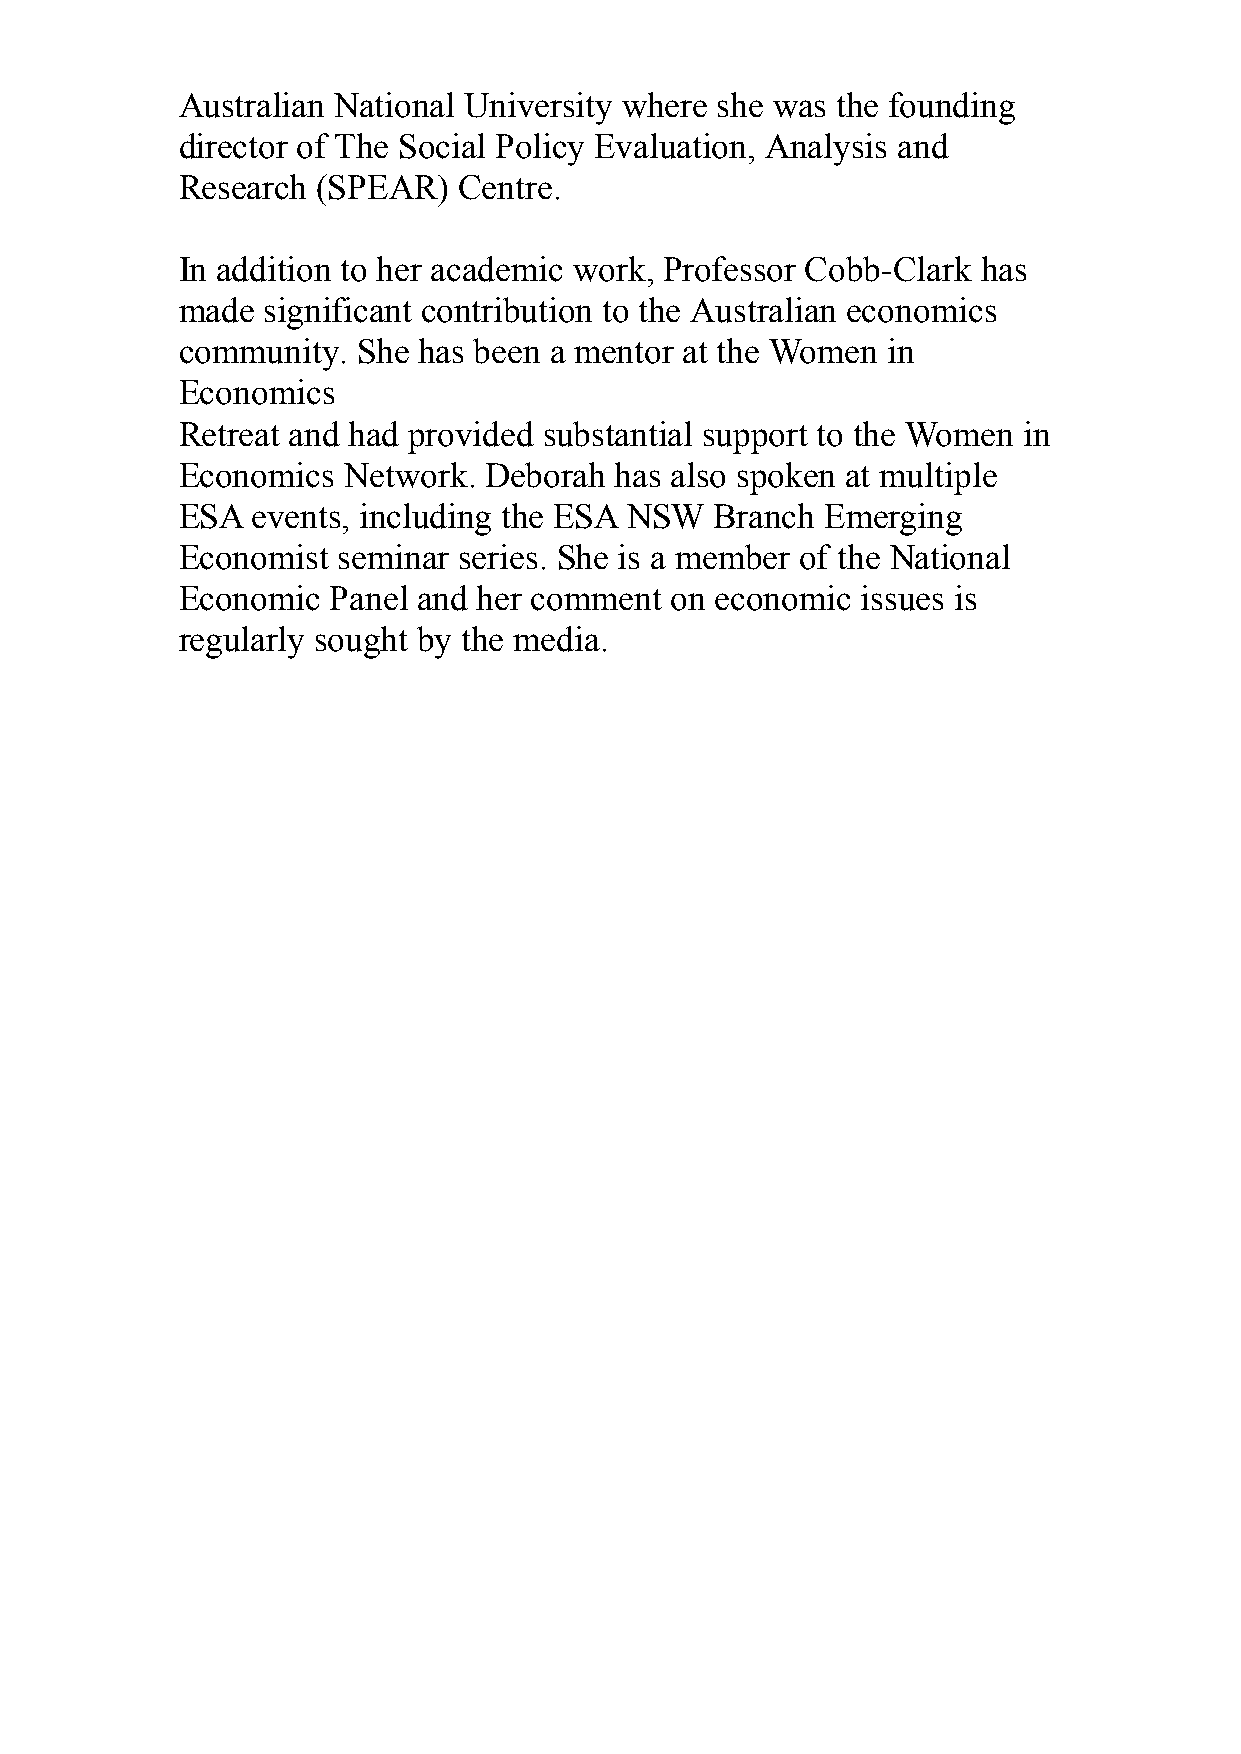
Australian National University where she was the founding
 director of The Social Policy Evaluation, Analysis and
 Research (SPEAR)  Centre.
 In addition to her academic work, Professor Cobb-Clark has
 made significant contribution to the Australian economics
 community.  She has been a mentor at the Women in
 Economics
 Retreat and had provided substantial support to the Women in
 Economics  Network. Deborah  has also spoken at multiple
 ESA  events, including the ESA NSW Branch  Emerging
 Economist seminar series. She is a member of the National
 Economic  Panel and her comment on economic  issues is
 regularly sought by the media.